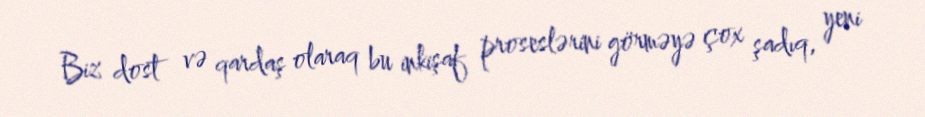
Biz dost və qardaş olaraq bu inkişaf proseslərini görməyə çox şadıq, yeni